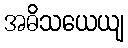
အဓိသယေယျ